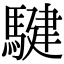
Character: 騝